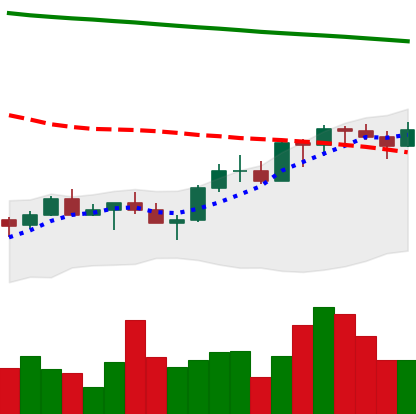
Ticker: XMR-USD
Chart end date: 2022-07-24
Forward return: 5.718%
Label: up_5_7